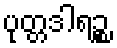
ပုတ္တဒါရဉ္စ